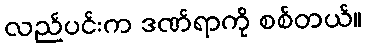
လည်ပင်းက ဒဏ်ရာကို စစ်တယ်။